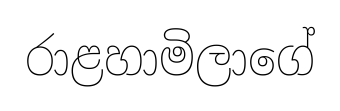
රාළහාමිලාගේ